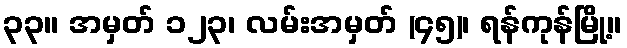
၃၃။ အမှတ် ၁၂၃၊ လမ်းအမှတ် (၄၅)၊ ရန်ကုန်မြို့။